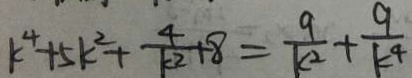
k ^ { 4 } + 5 k ^ { 2 } + \frac { 4 } { k ^ { 2 } } + 8 = \frac { 9 } { k ^ { 2 } } + \frac { 9 } { k ^ { 4 } }